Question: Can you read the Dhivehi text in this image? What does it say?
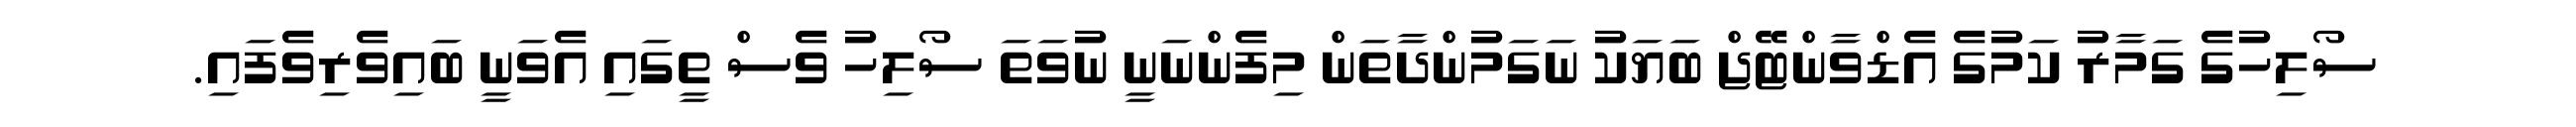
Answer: ސޯލިހުގެ ގަމާރު ކަމުގެ އެޑްވާންޓޭޖް ބަޔަކު ނަގަމުންދާތަން މިފެންނަނީ ނުވަތަ ސޯލިހު ވެސް ތީގައި އެވަނީ ބައިވެރިވެފައި.